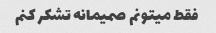
فقط میتونم صمیمانه تشکر کنم‌